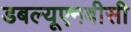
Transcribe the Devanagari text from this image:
डबल्यूएनबीसी